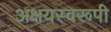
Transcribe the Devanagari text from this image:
अक्षयस्वरूपी